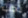
يجب